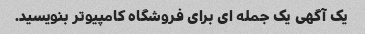
یک آگهی یک جمله ای برای فروشگاه کامپیوتر بنویسید.